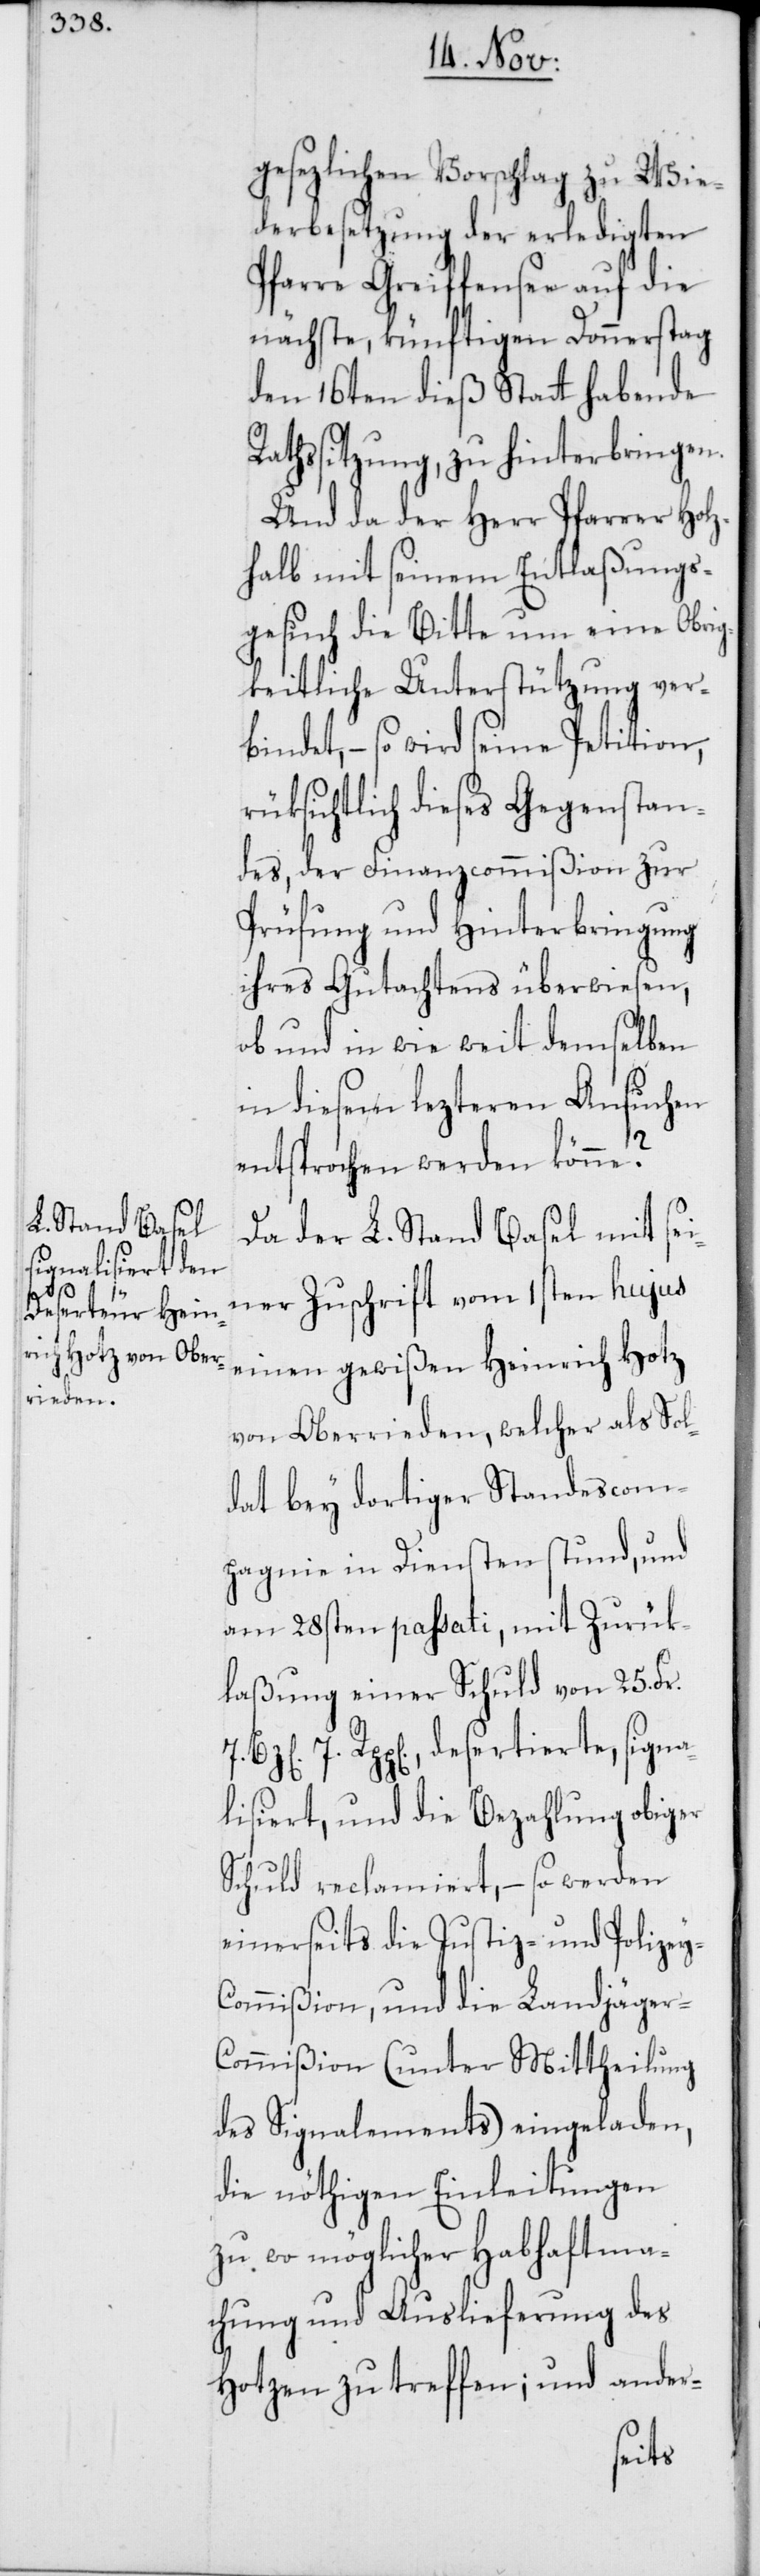
gesetzlichen Vorschlag zu Wie¬
derbesetzung der erledigten
Pfarre Greiffensee auf die
nächste, künftigen Donnerstag
den 16ten dieß Statt habende
Rathssitzung, zu hinterbringen.
Und da der Herr Pfarrer Holz¬
halb mit seinem Entlaßungs¬
gesuch die Bitte um eine Obrig¬
keitliche Unterstützung verb¬
indet, – so wird seine Petition,
rüksichtlich dieses Gegenstan¬
des, der Finanzcommißion zur
Prüfung und Hinterbringung
ihres Gutachtens überwiesen,
ob und in wie weit demselben
in diesem lezteren Ansuchen
entsprochen werden könne?
Da der L. Stand Basel mit sei¬
ner Zuschrift vom 1sten hujus
einen gewißen Heinrich Hotz
von Oberrieden, welcher als Sol¬
dat bey dortiger Standescom¬
pagnie in Diensten stund, und
am 28sten passati, mit Zurük¬
laßung einer Schuld von 25. Frk.
7. Rpp[en]., desertierte, signa¬
lisiert, und die Bezahlung obiger
Schuld reclamiert, – so werden
einerseits die Justiz- und Polizey-C¬
ommißion, und die Landjäger-C¬
ommißion (unter Mittheilung
des Signalements) eingeladen,
die nöthigen Einleitungen
zu womöglicher Habhaftma¬
chung und Auslieferung des
Hotzen zu treffen; und ander-